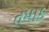
તમાક